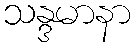
သန္ဒမာနာ